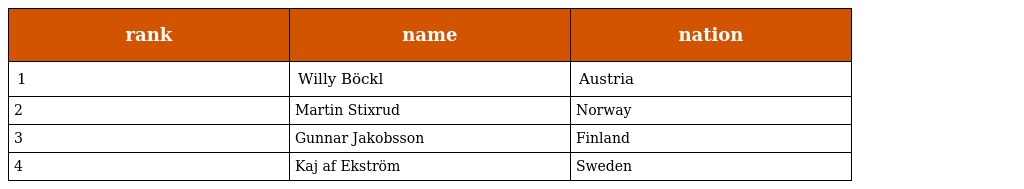
| rank | name | nation |
 | --- | --- | --- |
 | 1 | Willy Böckl | Austria |
 | 2 | Martin Stixrud | Norway |
 | 3 | Gunnar Jakobsson | Finland |
 | 4 | Kaj af Ekström | Sweden |